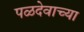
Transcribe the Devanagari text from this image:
पळदेवाच्या